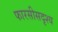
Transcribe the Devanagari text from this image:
फारसीसदृश्य